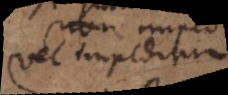
vel impeditur